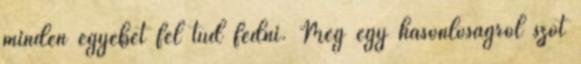
minden egyebet fel tud fedni. Még egy hasonlóságról szót